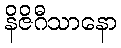
နိဇိဂီသာနော